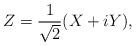
LaTeX: \begin{align*}Z=\frac1{\sqrt 2}(X+iY),\end{align*}